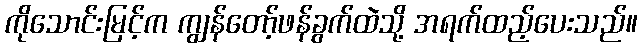
ကိုသောင်းမြင့်က ကျွန်တော့်ဖန်ခွက်ထဲသို့ အရက်ထည့်ပေးသည်။